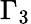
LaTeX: \Gamma_{3}